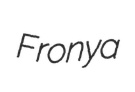
Fronya